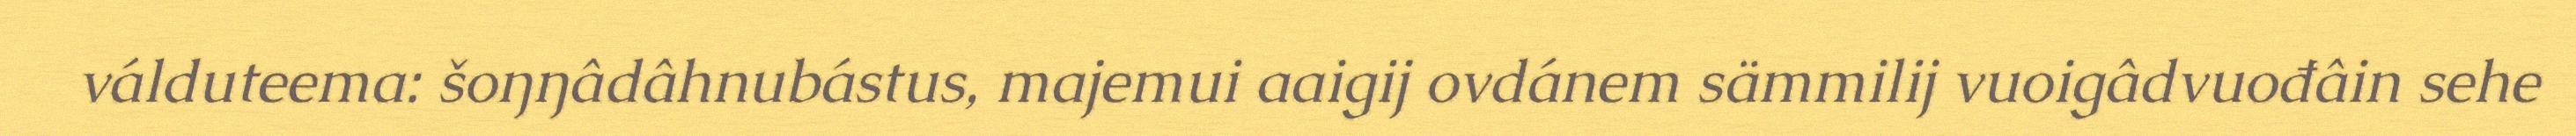
válduteema: šoŋŋâdâhnubástus, majemui aaigij ovdánem sämmilij vuoigâdvuođâin sehe